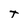
Character: T